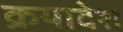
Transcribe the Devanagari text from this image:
क्रयादेश